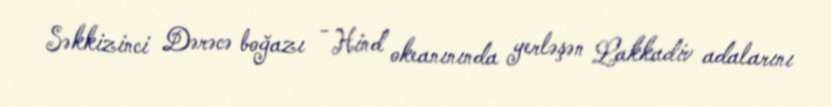
Səkkizinci Dərəcə boğazı - Hind okeanınında yerləşən Lakkadiv adalarını